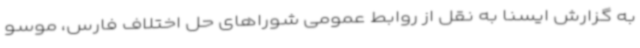
به گزارش ایسنا به نقل از روابط عمومی شوراهای حل اختلاف فارس، موسو